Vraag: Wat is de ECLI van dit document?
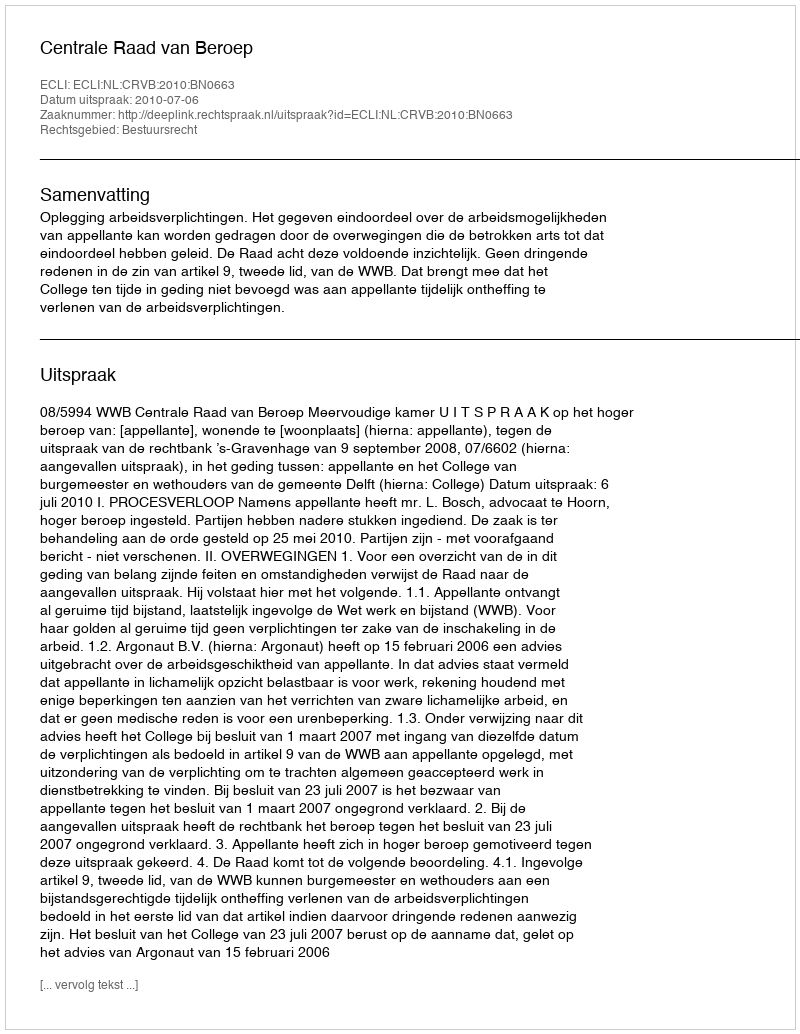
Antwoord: ECLI:NL:CRVB:2010:BN0663